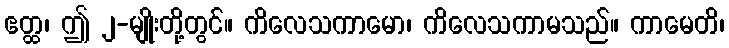
ဧတ္ထ၊ ဤ ၂-မျိုးတို့တွင်။ ကိလေသကာမော၊ ကိလေသကာမသည်။ ကာမေတိ၊